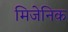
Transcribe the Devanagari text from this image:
मिजेनिक